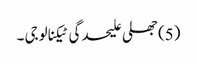
(5) جھلی علیحدگی ٹیکنالوجی ۔